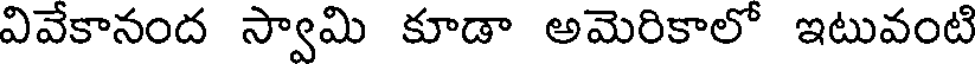
వివేకానంద స్వామి కూడా అమెరికాలో ఇటువంటి